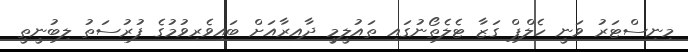
މިނިސްޓަރު ވަނީ ހެލްޕް ގަޒާ ޓެލެތޯނުގައި ތައުލީމީ ދާއިރާއަށް ބައިވެރިވުމުގެ ފުރުސަތު ލިބުނީތީ